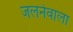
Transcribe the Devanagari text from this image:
जलनेवाला